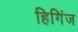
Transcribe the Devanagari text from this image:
हिगिंज